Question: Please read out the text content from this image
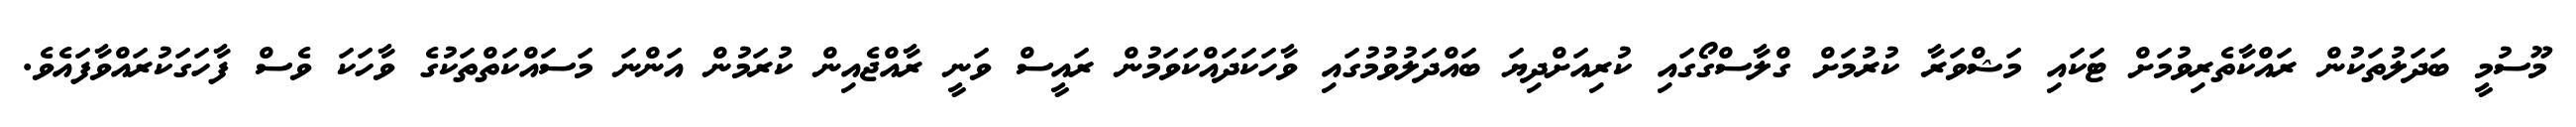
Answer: މޫސުމީ ބަދަލުތަކުން ރައްކާތެރިވުމަށް ޓަކައި މަޝްވަރާ ކުރުމަށް ގްލާސްގޯގައި ކުރިއަށްދިޔަ ބައްދަލުވުމުގައި ވާހަކަދައްކަވަމުން ރައީސް ވަނީ ރާއްޖެއިން ކުރަމުން އަންނަ މަސައްކަތްތަކުގެ ވާހަކަ ވެސް ފާހަގަކުރައްވާފައެވެ.